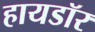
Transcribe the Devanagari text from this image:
हायडॉर